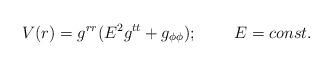
LaTeX: \begin{align*}V(r)=g^{rr}(E^2g^{tt}+g_{\phi\phi});\;\;\;\;\;\;\;\;E=const.\end{align*}